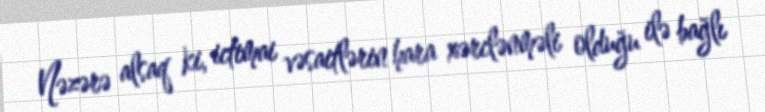
Nəzərə alsaq ki, ictimai vəsaitlərin hara xərclənməli olduğu ilə bağlı